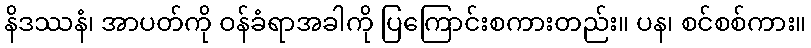
နိဒဿနံ၊ အာပတ်ကို ဝန်ခံရာအခါကို ပြကြောင်းစကားတည်း။ ပန၊ စင်စစ်ကား။